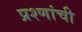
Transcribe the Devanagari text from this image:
प्रश्णांची